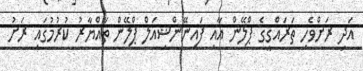
އަދި ރަށްވެހި ތަރައްޤީގެ ޕްލޭން އާއި ފައިނޭންޝިއަލް ޕްލޭން ތައްޔާރު ކުރުމުގައި ރަށު